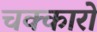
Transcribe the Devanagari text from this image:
चक्कारों